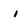
Character: i